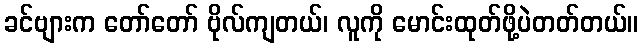
ခင်ဗျားက တော်တော် ဗိုလ်ကျတယ်၊ လူကို မောင်းထုတ်ဖို့ပဲတတ်တယ်။